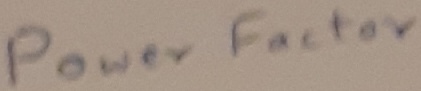
Text: Power Factor